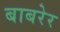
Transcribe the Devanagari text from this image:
बाबरेर